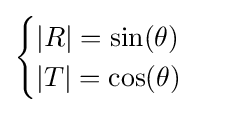
{\begin{cases}|R|=\sin(\theta )\\|T|=\cos(\theta )\end{cases}}